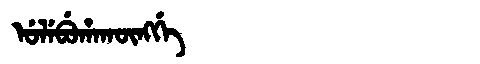
Manchu: ᡠᠯᡝᠪᡠᡥᠠᡴᡡᠩᡤᡝ
Romanization: ULEBUHAKŪNGGE